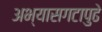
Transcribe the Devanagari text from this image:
अभ्यासगटापुढे